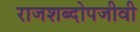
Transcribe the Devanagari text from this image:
राजशब्दोपजीवी